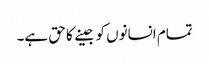
تمام انسانوں کو جینے کا حق ہے۔